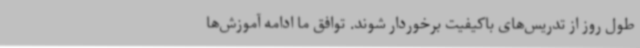
طول روز از تدریس‌های باکیفیت برخوردار شوند. توافق ما ادامه آموزش‌ها